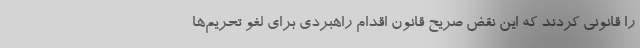
را قانونی کردند که این نقض صریح قانون اقدام راهبردی برای لغو تحریم‌ها